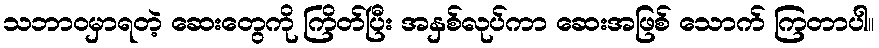
သဘာဝမှာရတဲ့ ဆေးတွေကို ကြိတ်ပြီး အနှစ်လုပ်ကာ ဆေးအဖြစ် သောက် ကြတာပါ။